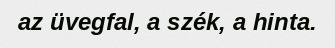
az üvegfal, a szék, a hinta.